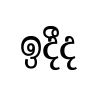
ඉදීද